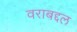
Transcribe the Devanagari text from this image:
वराबद्दल